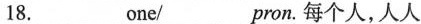
18.___one/___pron.每个人，人人